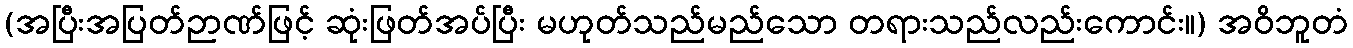
(အပြီးအပြတ်ဉာဏ်ဖြင့် ဆုံးဖြတ်အပ်ပြီး မဟုတ်သည်မည်သော တရားသည်လည်းကောင်း။) အဝိဘူတံ